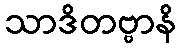
သာဒိတဗ္ဗာနိ